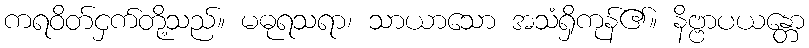
ကရဝိတ်ငှက်တို့သည်။ မဓုရသရာ၊ သာယာသော အသံရှိကုန်၏။ နိဗ္ဗာပယန္တော